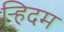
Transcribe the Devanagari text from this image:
र्‍हिदम